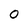
Character: O